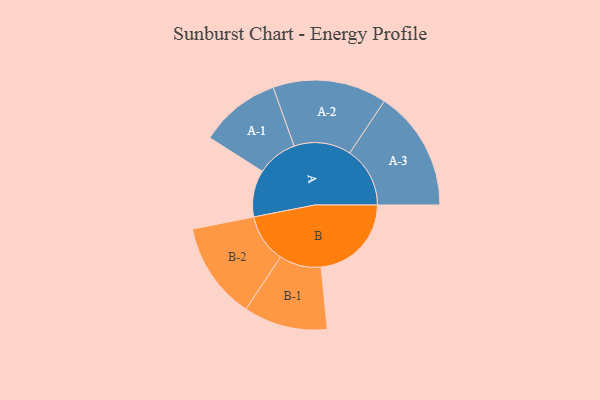
{"axis": {"x": "Segment", "y": "Value"}, "legend": ["", "A", "B"], "data": [{"x": "A", "y": 232, "type": ""}, {"x": "B", "y": 448, "type": ""}, {"x": "A-1", "y": 201, "type": "A"}, {"x": "A-2", "y": 283, "type": "A"}, {"x": "A-3", "y": 299, "type": "A"}, {"x": "B-1", "y": 208, "type": "B"}, {"x": "B-2", "y": 241, "type": "B"}]}